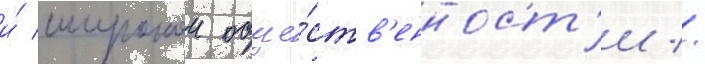
и́ широкои обще́ств'енност'и //